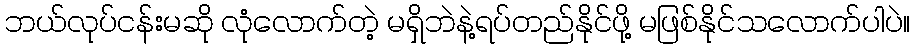
ဘယ်လုပ်ငန်းမဆို လုံလောက်တဲ့ မရှိဘဲနဲ့ရပ်တည်နိုင်ဖို့ မဖြစ်နိုင်သလောက်ပါပဲ။